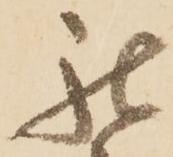
我